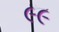
૯૯